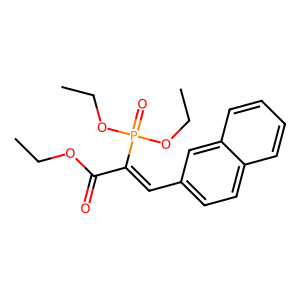
SMILES: CCOC(=O)C(=Cc1ccc2ccccc2c1)P(=O)(OCC)OCC
Inhibits HIV replication: No